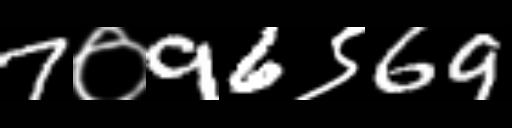
Text: 7०96९69